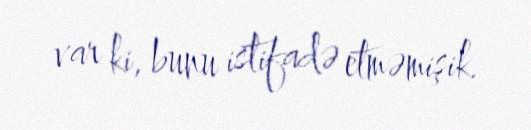
var ki, bunu istifadə etməmişik.